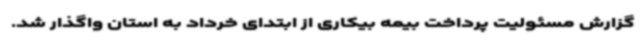
گزارش مسئولیت پرداخت بیمه بیکاری از ابتدای خرداد به استان واگذار شد.